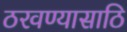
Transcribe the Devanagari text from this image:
ठरवण्यासाठि